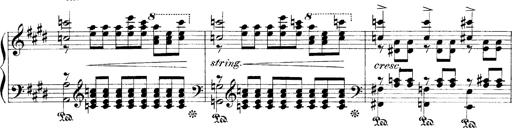
Title: LiebestrÃ¤ume
Composer: Franz Behr
Key: E-flat major